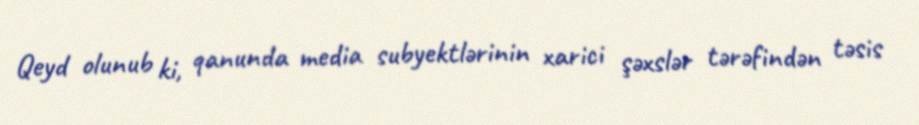
Qeyd olunub ki, qanunda media subyektlərinin xarici şəxslər tərəfindən təsis